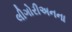
લીગોરીઅનના